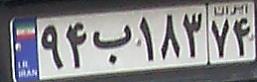
۹۴ب۱۸۳۷۴